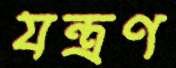
যন্ত্রণ